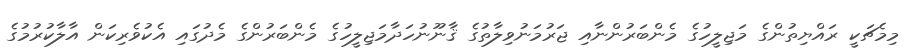
މިމެޗަކީ ރައްޔިތުންގެ މަޖިލީހުގެ މެންބަރުންނާއި ޖަރުމަނުވިލާތުގެ ޤާނޫނުހަދާމަޖިލީހުގެ މެންބަރުންގެ މެދުގައި އެކުވެރިކަން އާލާކުރުމުގެ